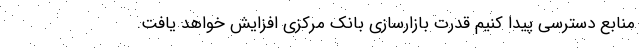
منابع دسترسی پیدا کنیم قدرت بازارسازی بانک مرکزی افزایش خواهد یافت.